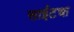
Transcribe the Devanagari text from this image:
साईटचा